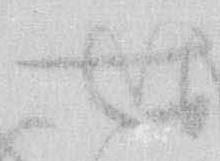
せ